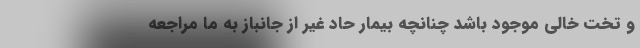
و تخت خالی موجود باشد چنانچه بیمار حاد غیر از جانباز به ما مراجعه